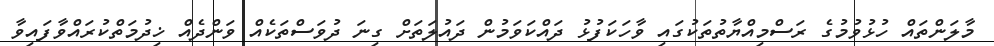
މާލަންތައް ހުޅުވުމުގެ ރަސްމިއްޔާތުތަކުގައި ވާހަކަފުޅު ދައްކަވަމުން ދައުލަތަށް ގިނަ ދުވަސްތަކެއް ވަންދެއް ޚިދުމަތްކުރައްވާފައިވާ